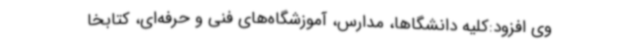
وی افزود:کلیه دانشگاها، مدارس، آموزشگاه‌های فنی و حرفه‌ای، کتابخا